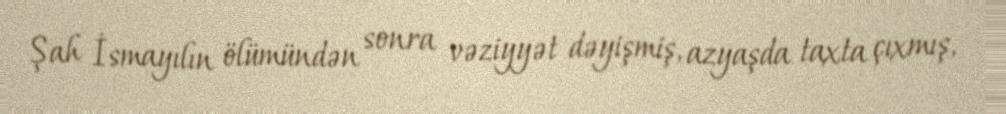
Şah İsmayılın ölümündən sonra vəziyyət dəyişmiş, azyaşda taxta çıxmış,